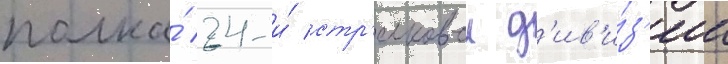
полка́ 24-и́ стр'елковои д'ив'и́з'ии